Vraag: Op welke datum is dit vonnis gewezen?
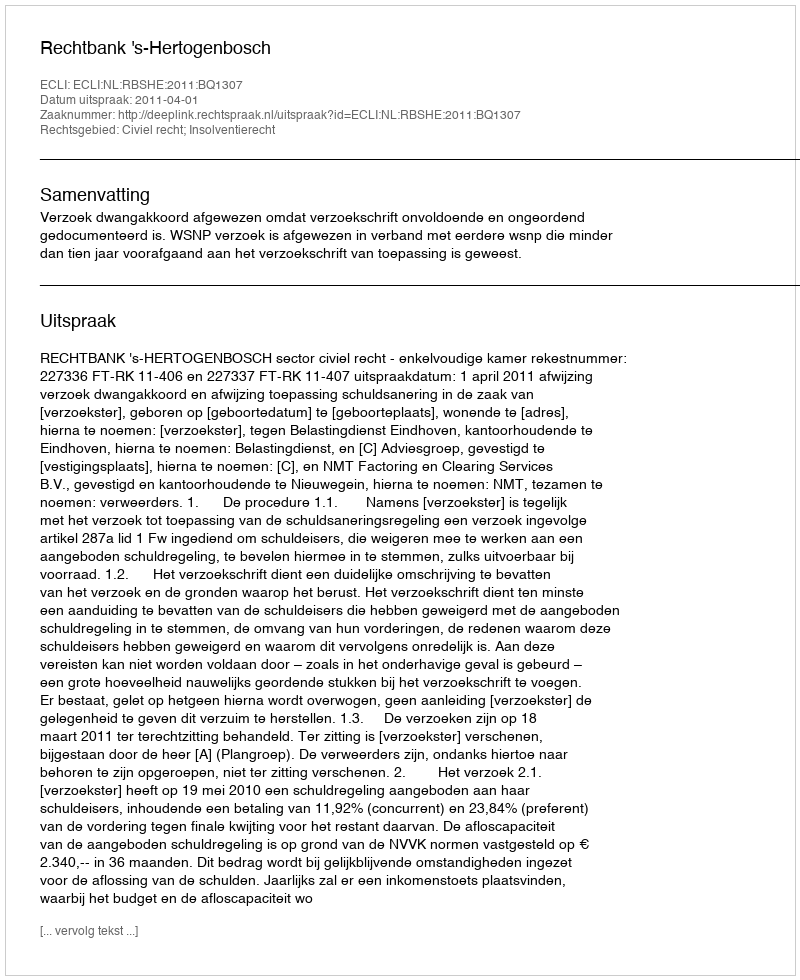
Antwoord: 2011-04-01